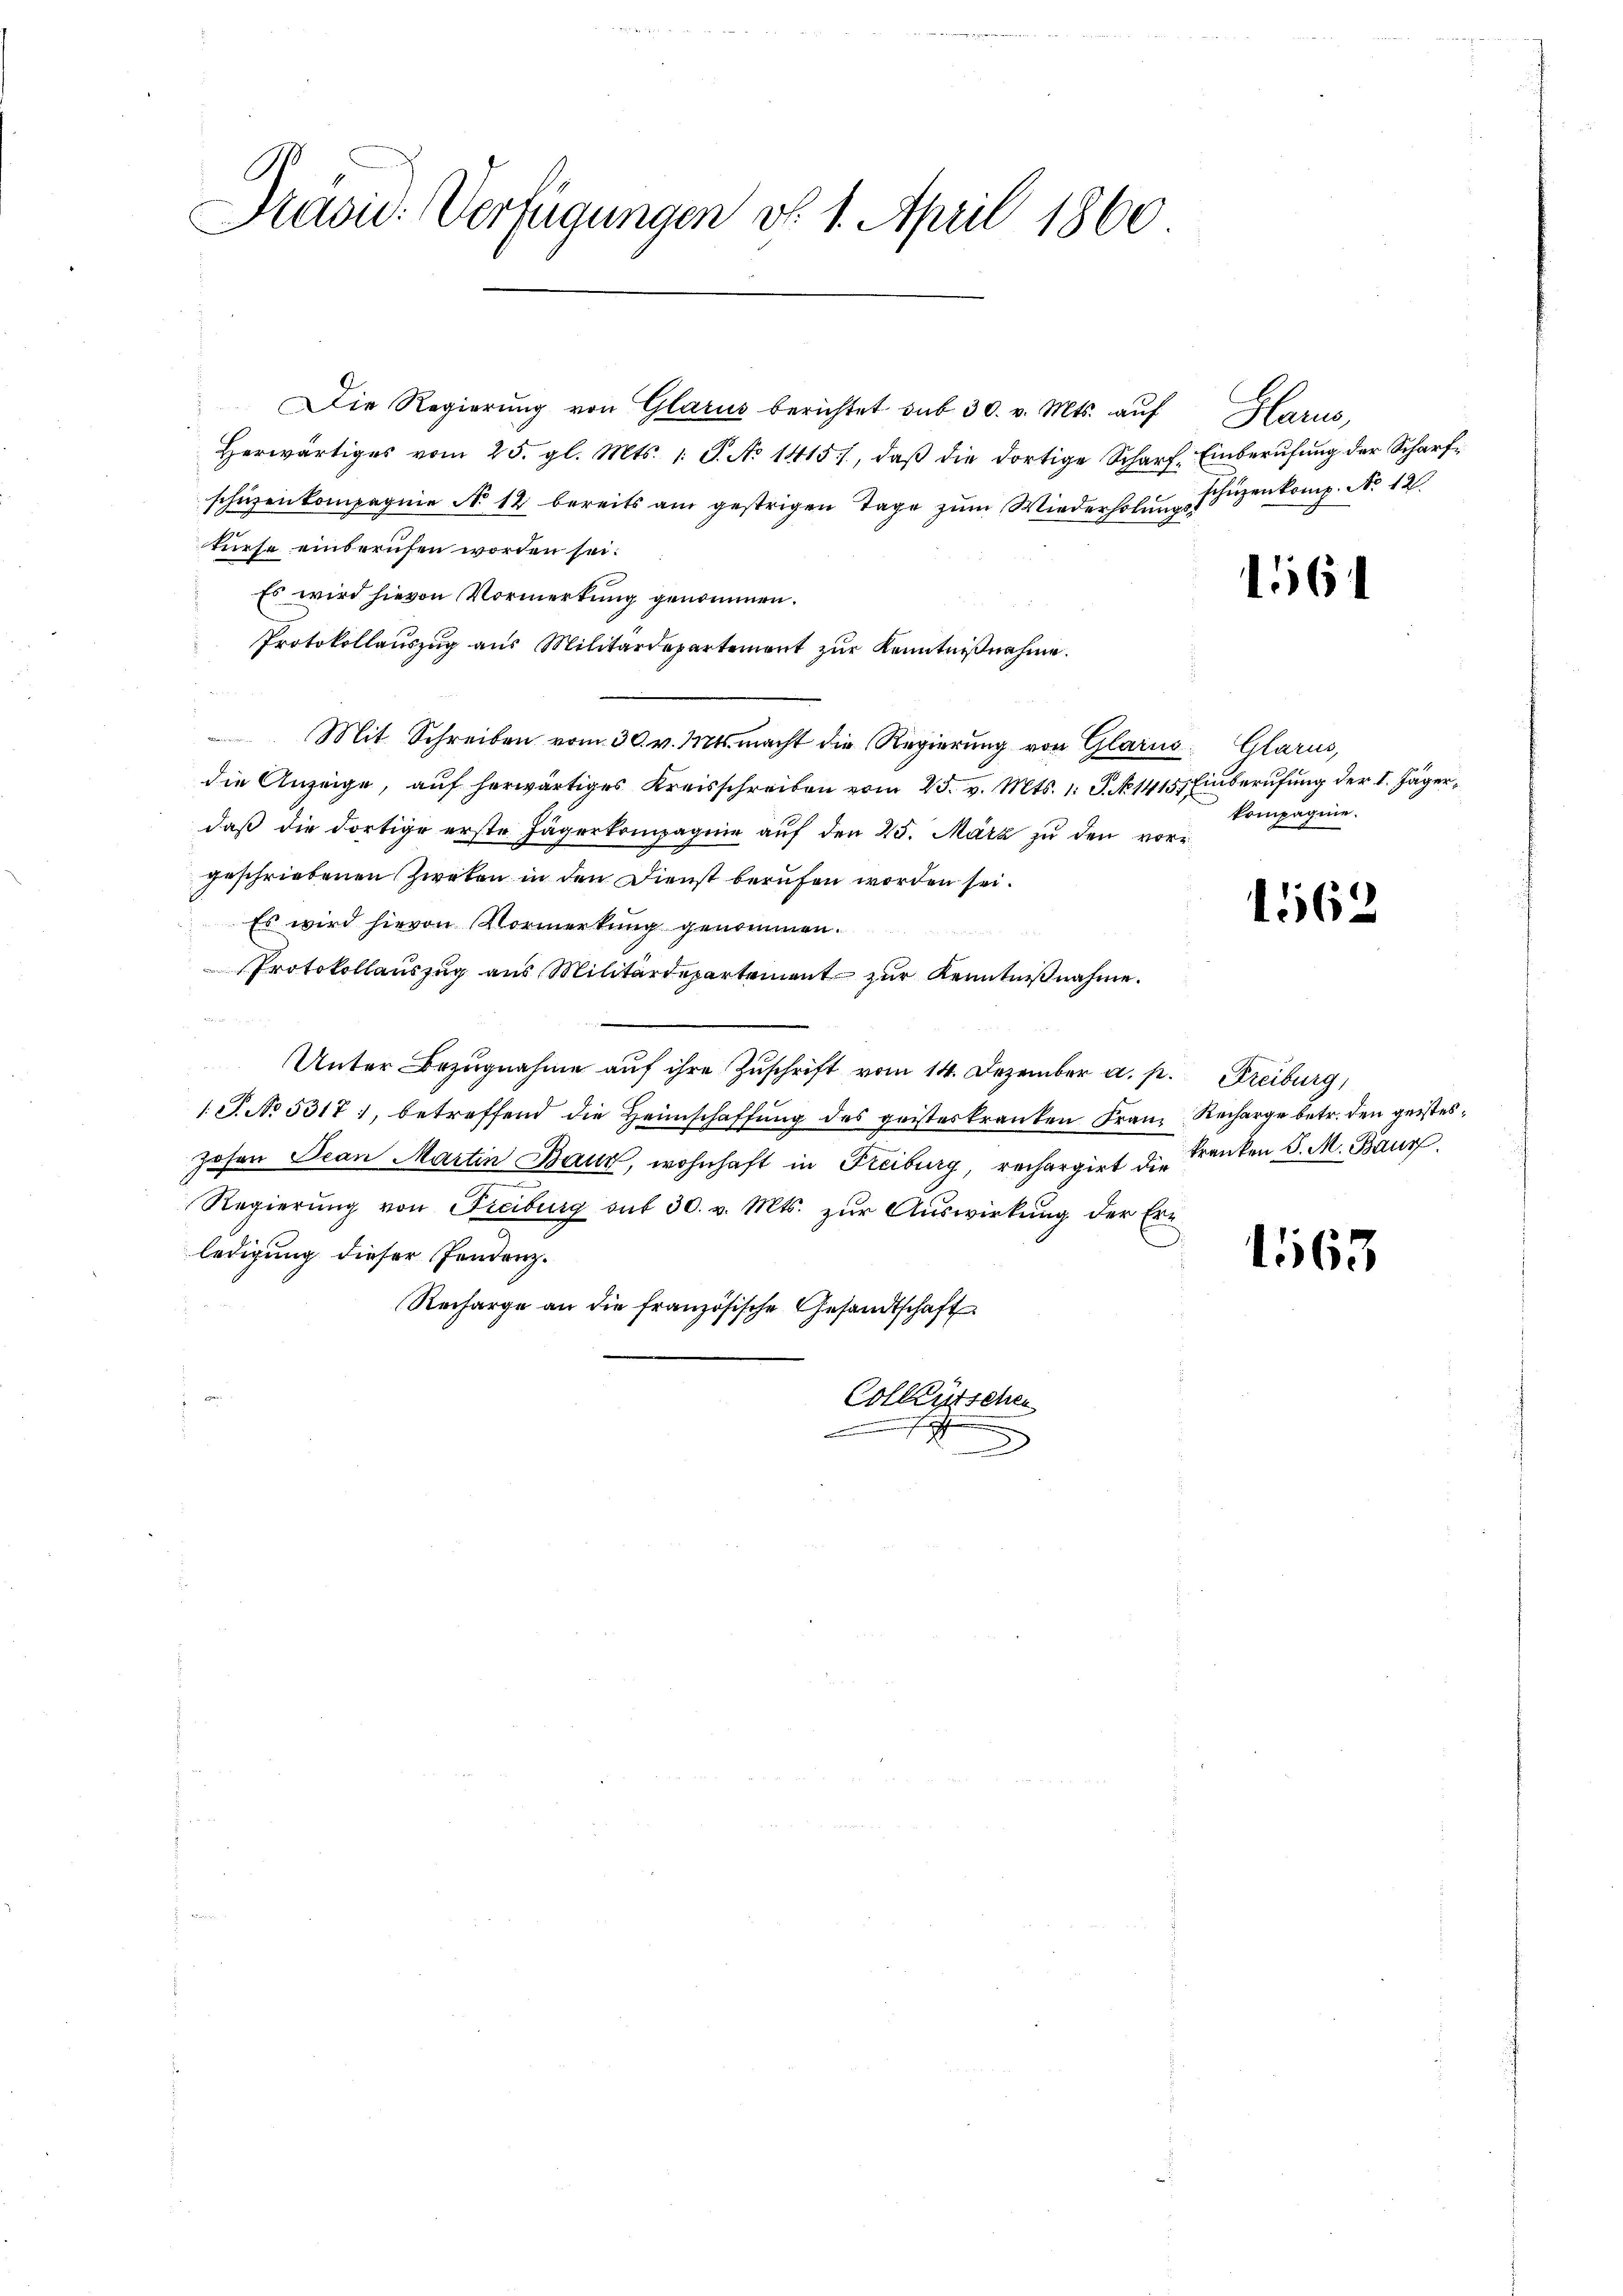
C
Präsid. Verfügungen v. 1. April 1860

Herwärtiges vom 25. gl. Mts. 1. P. No 1415), daβ die dortige Scharf. Einberufung der Scharfschüzenkompagnie No 12 bereits am gestrigen Tage zŭm Wiederholung schüzenkomp. No 12.
turse einberufen worden sei.
Es wird hievon Vormerkung genommen.
Protokollauszug aus Militärdepartement zur Kenntnißnahme.
Mit Schreiben vom 30. v. Mts. macht die Regierung von Glarus, Glarus,
die Anzeige, auf herwärtiges Kreisschreiben vom 25. v. Mts. 1. J. No 1415) Einberufung der I. Jäger
daß die dortige erste Jägerkompagnie auf den 25. März zu den vorgeschriebenen Zweken in den Dienst berufen worden sei.
Es wird hievon Vormerkung genommen.
Protokollauszug aus Militärdepartement zur Kenntnißnahme.
Unter Bezugnahme auf ihre Zuschrift vom 14. Dezember a. p.
1 S. No 5317, betreffend die Heimschaffung des geisteskranken Franz
Johann Jean Martin Baur, wohnhaft in Freiburg, rechargirt die Franken S. M. Baur
Regierung von Freiburg auf 30. v. Mts. zur Auswirkung der Erledigung dieser Pendenz.
Recharge an die französische Gesandtschaft
Collentschen
eien es sch

Die Regierung von Glarus berichtet sub 30. v. Mts. auf

Glarus,

1164

kompagnie.

1562

Freiburg,
Recharge betr. den geistes¬

1563.